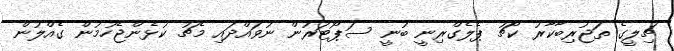
ޗިލީގެ ތަޖުރިބާކާރު ކޯޗު ޕެލެގްރިނީ ބުނީ ސަޕޯޓަރުން ނުވައްދައި މެޗު ކުޅެންޖެހުމުން ގެއްލުން